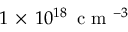
1 \, \times \, 1 0 ^ { 1 8 } \, \mathrm { ~ c ~ m ~ } ^ { - 3 }